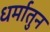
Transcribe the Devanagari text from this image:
धर्मातुन